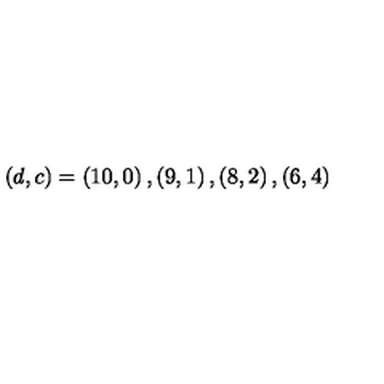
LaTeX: \left( d , c \right) = \left( 1 0 , 0 \right) , \left( 9 , 1 \right) , \left( 8 , 2 \right) , \left( 6 , 4 \right)